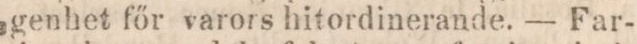
genhet főr varors hitordinerande. — Far-